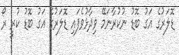
ޑޮލަރުގެ އަގު ބޮޑު ނުކުރާނަމޭ ވިދާޅުވެފައި ޑޮލަރުގެ އަގު ބޮޑު ކުރީ ރޯ